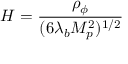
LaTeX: H = { \frac { \rho _ { \phi } } { ( 6 \lambda _ { b } M _ { p } ^ { 2 } ) ^ { 1 / 2 } } }